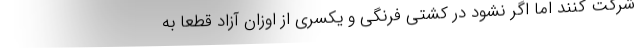
شرکت کنند اما اگر نشود در کشتی فرنگی و یکسری از اوزان آزاد قطعا به